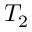
T _ { 2 }